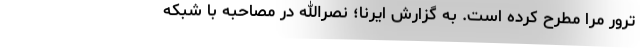
ترور مرا مطرح کرده است. به گزارش ایرنا؛ نصرالله در مصاحبه با شبکه